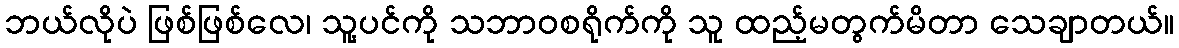
ဘယ်လိုပဲ ဖြစ်ဖြစ်လေ၊ သူ့ပင်ကို သဘာဝစရိုက်ကို သူ ထည့်မတွက်မိတာ သေချာတယ်။